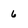
Character: 6